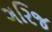
ગરિજ